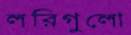
লরিগুলো